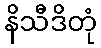
နိသီဒိတုံ